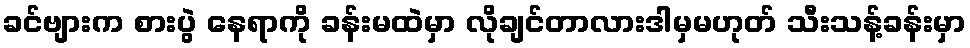
ခင်ဗျားက စားပွဲ နေရာကို ခန်းမထဲမှာ လိုချင်တာလားဒါမှမဟုတ် သီးသန့်ခန်းမှာ